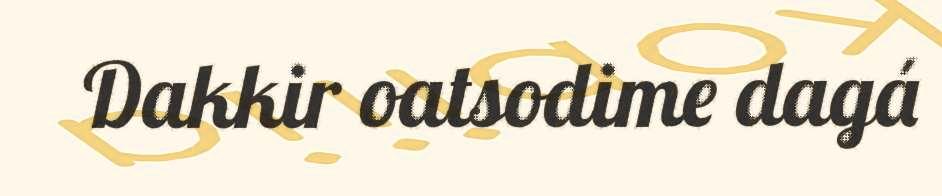
Dakkir oatsodime dagá